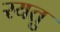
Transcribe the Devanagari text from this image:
रयतु